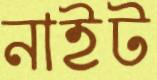
নাইট